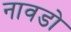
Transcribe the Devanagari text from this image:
नावडो